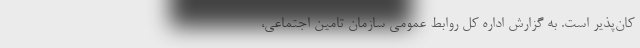
کان‌پذیر است. به گزارش اداره کل روابط عمومی سازمان تامین اجتماعی،